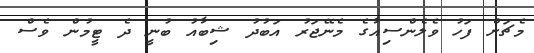
މެޗަށް ފަހު ވެލެންސިއާގެ މެނޭޖަރު އަބުދު ޝިބާއު ބުނީ ދެ ޓީމުން ވެސް